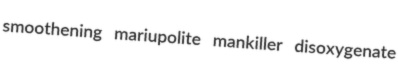
smoothening mariupolite mankiller disoxygenate